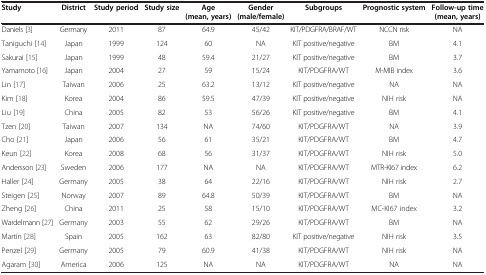
| Study | District | Study period | Study size | Age (mean, years) | Gender (male/female) | Subgroups | Prognostic system | Follow-up time (mean, years) |
 | --- | --- | --- | --- | --- | --- | --- | --- | --- |
 | Daniels [3] | Germany | 2011 | 87 | 64.9 | 45/42 | KIT/PDGFRA/BRAF/WT | NCCN risk | NA |
 | Taniguchi [14] | Japan | 1999 | 124 | 60 | NA | KIT positive/negative | BM | 4.1 |
 | Sakurai [15] | Japan | 1999 | 48 | 59.4 | 21/27 | KIT positive/negative | BM | 3.7 |
 | Yamamoto [16] | Japan | 2004 | 27 | 59 | 15/24 | KIT/PDGFRA/WT | M-MIB index | 3.6 |
 | Lin [17] | Taiwan | 2006 | 25 | 63.2 | 13/12 | KIT positive/negative | NA | NA |
 | Kim [18] | Korea | 2004 | 86 | 59.5 | 47/39 | KIT positive/negative | NIH risk | NA |
 | Liu [19] | China | 2005 | 82 | 53 | 56/26 | KIT positive/negative | BM | 4.1 |
 | Tzen [20] | Taiwan | 2007 | 134 | NA | 74/60 | KIT/PDGFRA/WT | NA | 3.9 |
 | Cho [21] | Japan | 2006 | 56 | 61 | 35/21 | KIT/PDGFRA/WT | BM | 4.7 |
 | Keun [22] | Korea | 2008 | 68 | 56 | 31/37 | KIT/PDGFRA/WT | NIH risk | 5.0 |
 | Andersson [23] | Sweden | 2006 | 177 | NA | NA | KIT/PDGFRA/WT | MTR-KI67 index | 6.2 |
 | Haller [24] | Germany | 2005 | 38 | 64 | 22/16 | KIT/PDGFRA/WT | NIH risk | 2.7 |
 | Steigen [25] | Norway | 2007 | 89 | 64.8 | 50/39 | KIT/PDGFRA/WT | BM | NA |
 | Zheng [26] | China | 2011 | 25 | 58 | 15/10 | KIT/PDGFRA/WT | MC-KI67 index | 3.2 |
 | Wardelmann [27] | Germany | 2003 | 55 | 62 | 29/26 | KIT/PDGFRA/WT | BM | NA |
 | Martín [28] | Spain | 2005 | 162 | 63 | 82/80 | KIT positive/negative | NIH risk | 3.5 |
 | Penzel [29] | Germany | 2005 | 79 | 60.9 | 41/38 | KIT/PDGFRA/WT | NIH risk | NA |
 | Agaram [30] | America | 2006 | 125 | NA | NA | KIT/PDGFRA/WT | NA | NA |